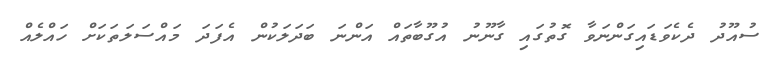
ސުއޫދު ދެކެވަޑައިގަންނަވާ ގޮތުގައި ގާނޫނު އުގޫބާތައް އަންނަ ބަދަލަކުން އެފަދަ މައްސަލަތަކަށް ހައްލެއް